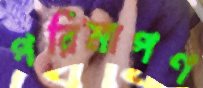
পরিমাপণ